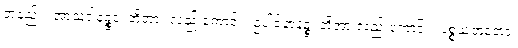
တနည်း။ အာသဝါနဉ္စဝ၊ တို့အား လည်းကောင်း။ ဥပါဒါနာနဉ္စ၊ တို့အားလည်းကောင်း။ ပစ္စယဘူတော၊